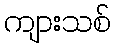
ကျားသစ်